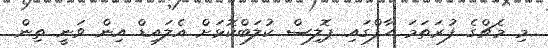
މި މެޗްގެ ފުރަތަމަ ހާފްގައި ޕޮލިސް ކުލަބްކޮޅަށް އެލައިޑް އިން ވަނީ ތިން